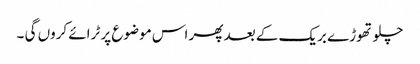
چلو تھوڑے بریک کے بعد پھر اس موضوع پر ٹرائے کروں گی ۔